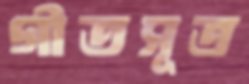
গীতসূত্র